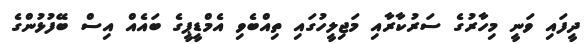
ދީފައި ވަނީ މިހާރުގެ ސަރުކާރާއި މަޖިލީހުގައި ތިއްބެވި އެމްޑީޕީގެ ބައެއް އިސް ބޭފުޅުންގެ